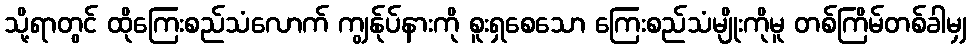
သို့ရာတွင် ထိုကြေးစည်သံလောက် ကျွန်ုပ်နားကို စူးရှစေသော ကြေးစည်သံမျိုးကိုမူ တစ်ကြိမ်တစ်ခါမျှ